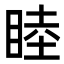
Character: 睦